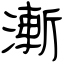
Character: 漸